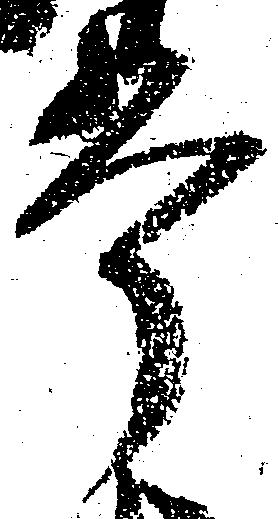
掌